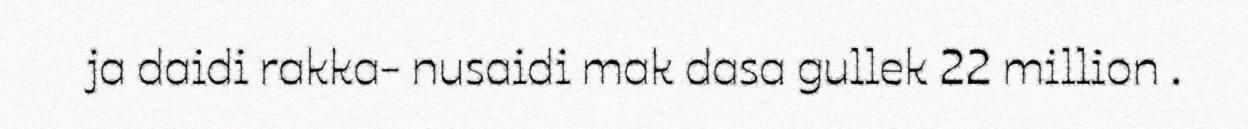
ja daidi rakka- nusaidi mak dasa gullek 22 million .